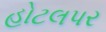
હોટલપર